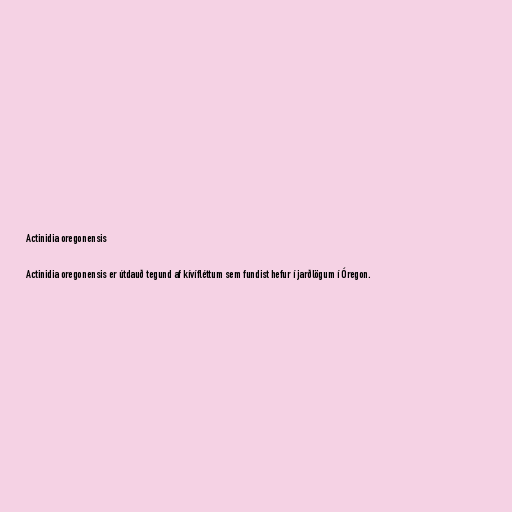
Actinidia oregonensis

Actinidia oregonensis er útdauð tegund af kívífléttum sem fundist hefur í jarðlögum í Óregon.